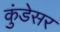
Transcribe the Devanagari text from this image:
कुंडेसर